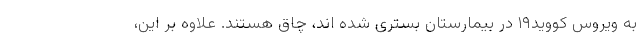
به ویروس کووید۱۹ در بیمارستان بستری شده اند، چاق هستند. علاوه بر این،